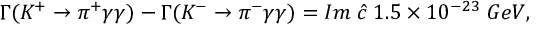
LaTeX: \Gamma ( K ^ { + } \rightarrow \pi ^ { + } \gamma \gamma ) - \Gamma ( K ^ { - } \rightarrow \pi ^ { - } \gamma \gamma ) = I m \; \hat { c } \; 1 . 5 \times 1 0 ^ { - 2 3 } \; G e V ,